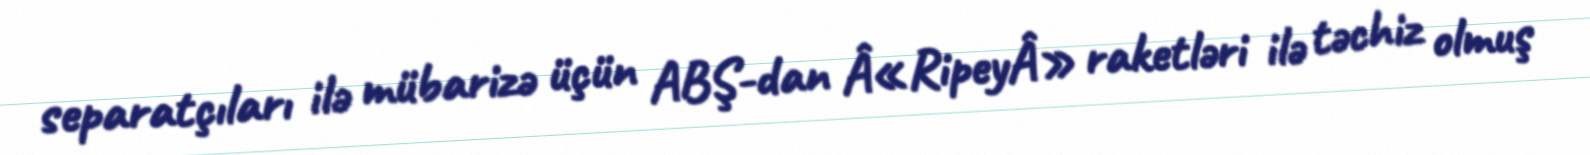
separatçıları ilə mübarizə üçün ABŞ-dan Â«RipeyÂ» raketləri ilə təchiz olmuş